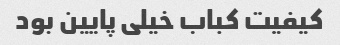
کیفیت کباب خیلی پایین بود